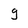
Character: g